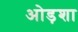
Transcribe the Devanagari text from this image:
ओड़शा